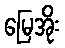
မြေအိုး